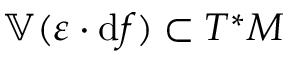
\mathbb { V } ( \varepsilon \cdot \mathrm { d } f ) \subset T ^ { * } M